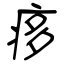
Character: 痑